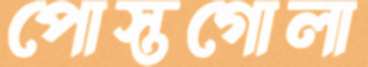
পোস্তগোলা